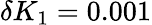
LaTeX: \delta K_{1}=0.001